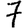
Digit: 7